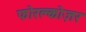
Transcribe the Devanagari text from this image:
फोरक्लोज़र